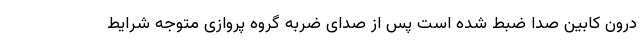
درون کابین صدا ضبط شده است پس از صدای ضربه گروه پروازی متوجه شرایط